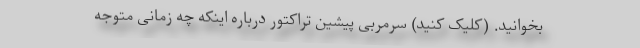
بخوانید. (کلیک کنید) سرمربی پیشین تراکتور درباره اینکه چه زمانی متوجه